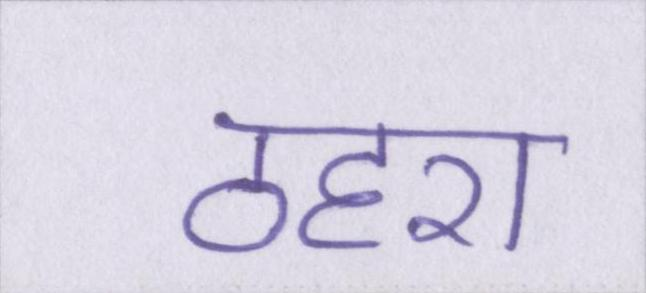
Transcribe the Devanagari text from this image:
ठहरा